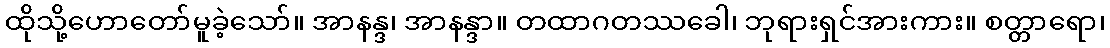
ထိုသို့ဟောတော်မူခဲ့သော်။ အာနန္ဒ၊ အာနန္ဒာ။ တထာဂတဿခေါ၊ ဘုရားရှင်အားကား။ စတ္တာရော၊